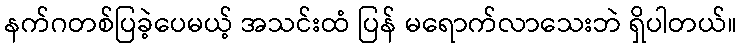
နက်ဂတစ်ပြခဲ့ပေမယ့် အသင်းထံ ပြန် မရောက်လာသေးဘဲ ရှိပါတယ်။